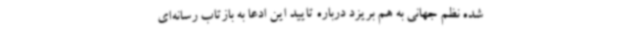
شده نظم جهانی به هم بریزد درباره تایید این ادعا به بازتاب رسانه‌ای